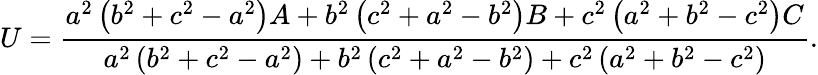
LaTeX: U={\frac{a^{2}\left(b^{2}+c^{2}-a^{2}\right)A+b^{2}\left(c^{2}+a^{2}-b^{2}\right)B+c^{2}\left(a^{2}+b^{2}-c^{2}\right)C}{a^{2}\left(b^{2}+c^{2}-a^{2}\right)+b^{2}\left(c^{2}+a^{2}-b^{2}\right)+c^{2}\left(a^{2}+b^{2}-c^{2}\right)}}.